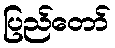
ပြည်တော်